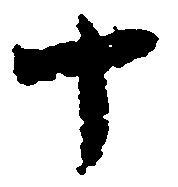
十